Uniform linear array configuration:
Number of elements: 16
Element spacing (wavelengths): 0.5
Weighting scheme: hamming
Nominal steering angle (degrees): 60
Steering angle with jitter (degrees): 60.442
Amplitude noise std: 0.05
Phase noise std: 0.05

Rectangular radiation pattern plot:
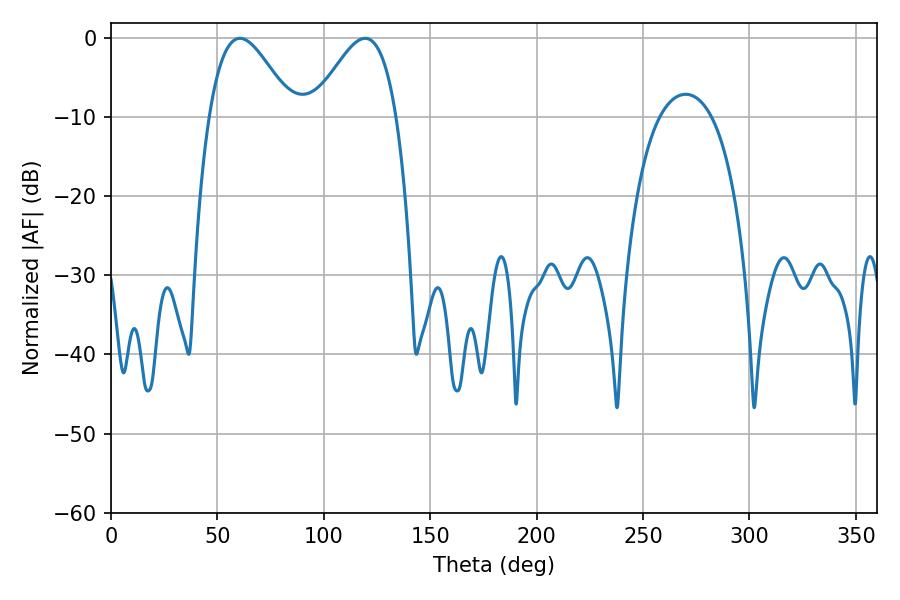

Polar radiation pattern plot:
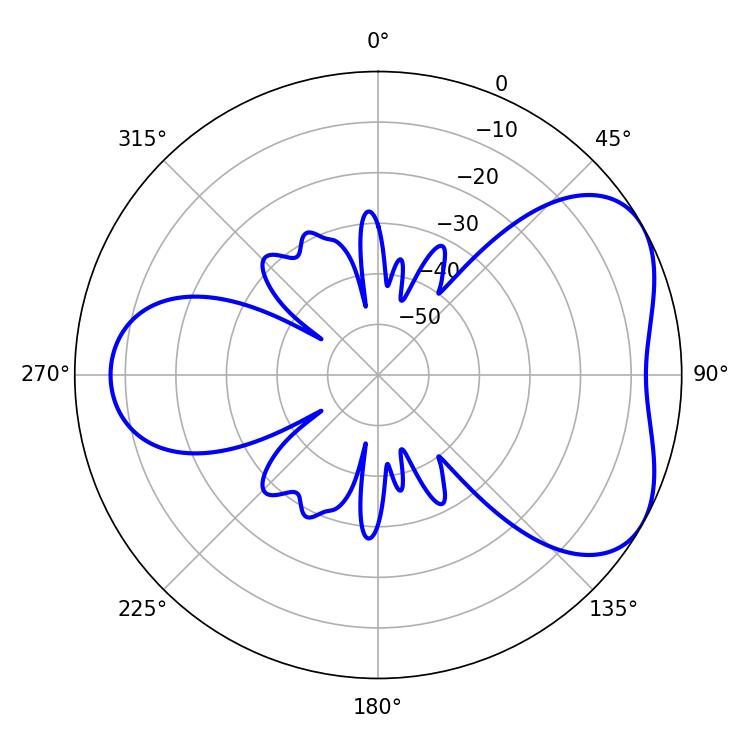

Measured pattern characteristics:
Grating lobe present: FALSE
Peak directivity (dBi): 4.885
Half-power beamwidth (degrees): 21.06
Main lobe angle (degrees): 60.66